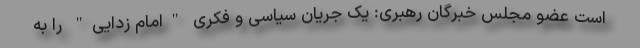
است عضو مجلس خبرگان رهبری: یک جریان سیاسی و فکری "امام زدایی" را به